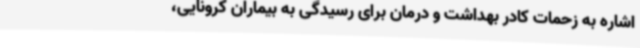
اشاره به زحمات کادر بهداشت و درمان برای رسیدگی به بیماران کرونایی،